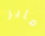
ماير